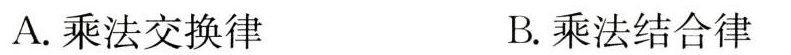
A.乘法交换律 B.乘法结合律